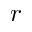
r